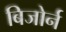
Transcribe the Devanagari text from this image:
बिजोर्न